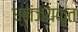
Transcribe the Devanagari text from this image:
ध्नंजयकृत